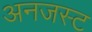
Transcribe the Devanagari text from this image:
अनजस्ट